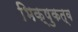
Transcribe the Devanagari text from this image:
भिक्षुकत्व